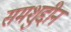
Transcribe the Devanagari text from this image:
समशुद्दीन